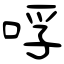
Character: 哹